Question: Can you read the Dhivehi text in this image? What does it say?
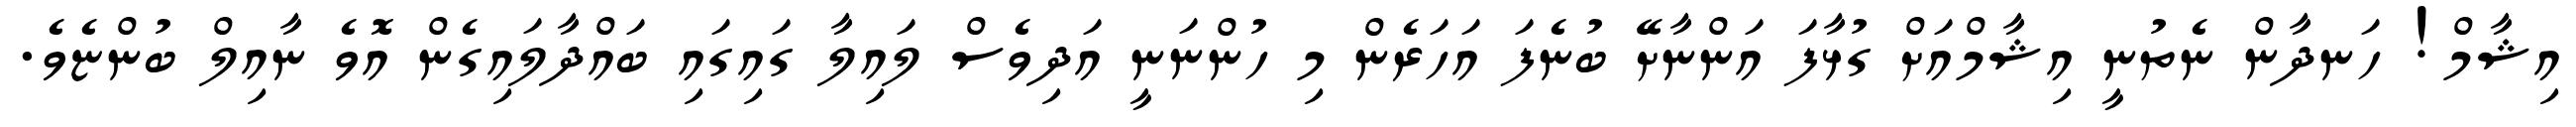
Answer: އިޝާމް! ހަނދާން ނެތުނީ އިޝާމްއަށް ގުޅާފަ އަންނާށޭ ބުނެފަ އަހަރެން މި ހުންނަނީ އަދިވެސް ލައިލާ ގައިގައި ބައްދާލައިގެން އޮވެ ނާއިލް ބުންޏެވެ.